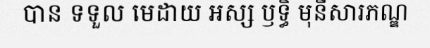
បាន ទទួល មេដាយ អស្ស ឫទ្ធិ មុនីសារភណ្ឌ